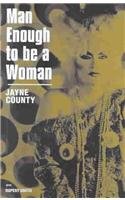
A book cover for Man Enough To Be A Woman: The Autobiography of Jayne County; Jayne County; Gay & Lesbian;